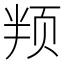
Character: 𬱙